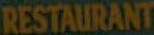
RESTAURANT